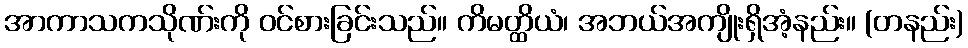
အာကာသကသိုဏ်းကို ဝင်စားခြင်းသည်။ ကိမတ္ထိယံ၊ အဘယ်အကျိုးရှိအံ့နည်း။ (တနည်း)